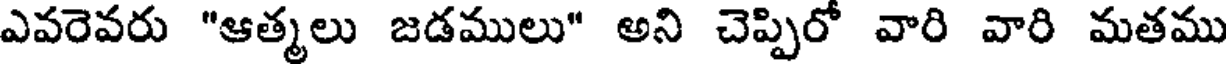
ఎవరెవరు "ఆత్మలు జడములు" అని చెప్పిరో వారి వారి మతము